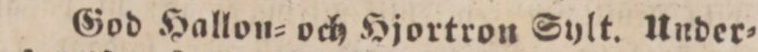
God Hallon= och Hjortron Sylt. Under=